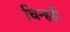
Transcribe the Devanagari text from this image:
चिन्हही